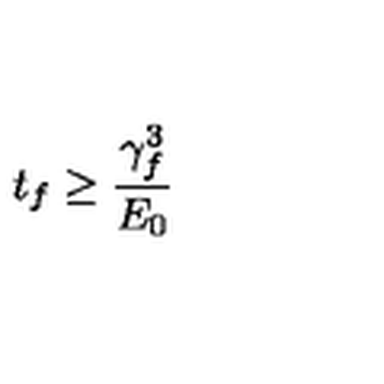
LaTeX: t _ { f } \geq \frac { \gamma _ { f } ^ { 3 } } { E _ { 0 } }